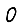
Digit: 0